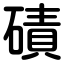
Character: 磧